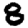
Digit: 8